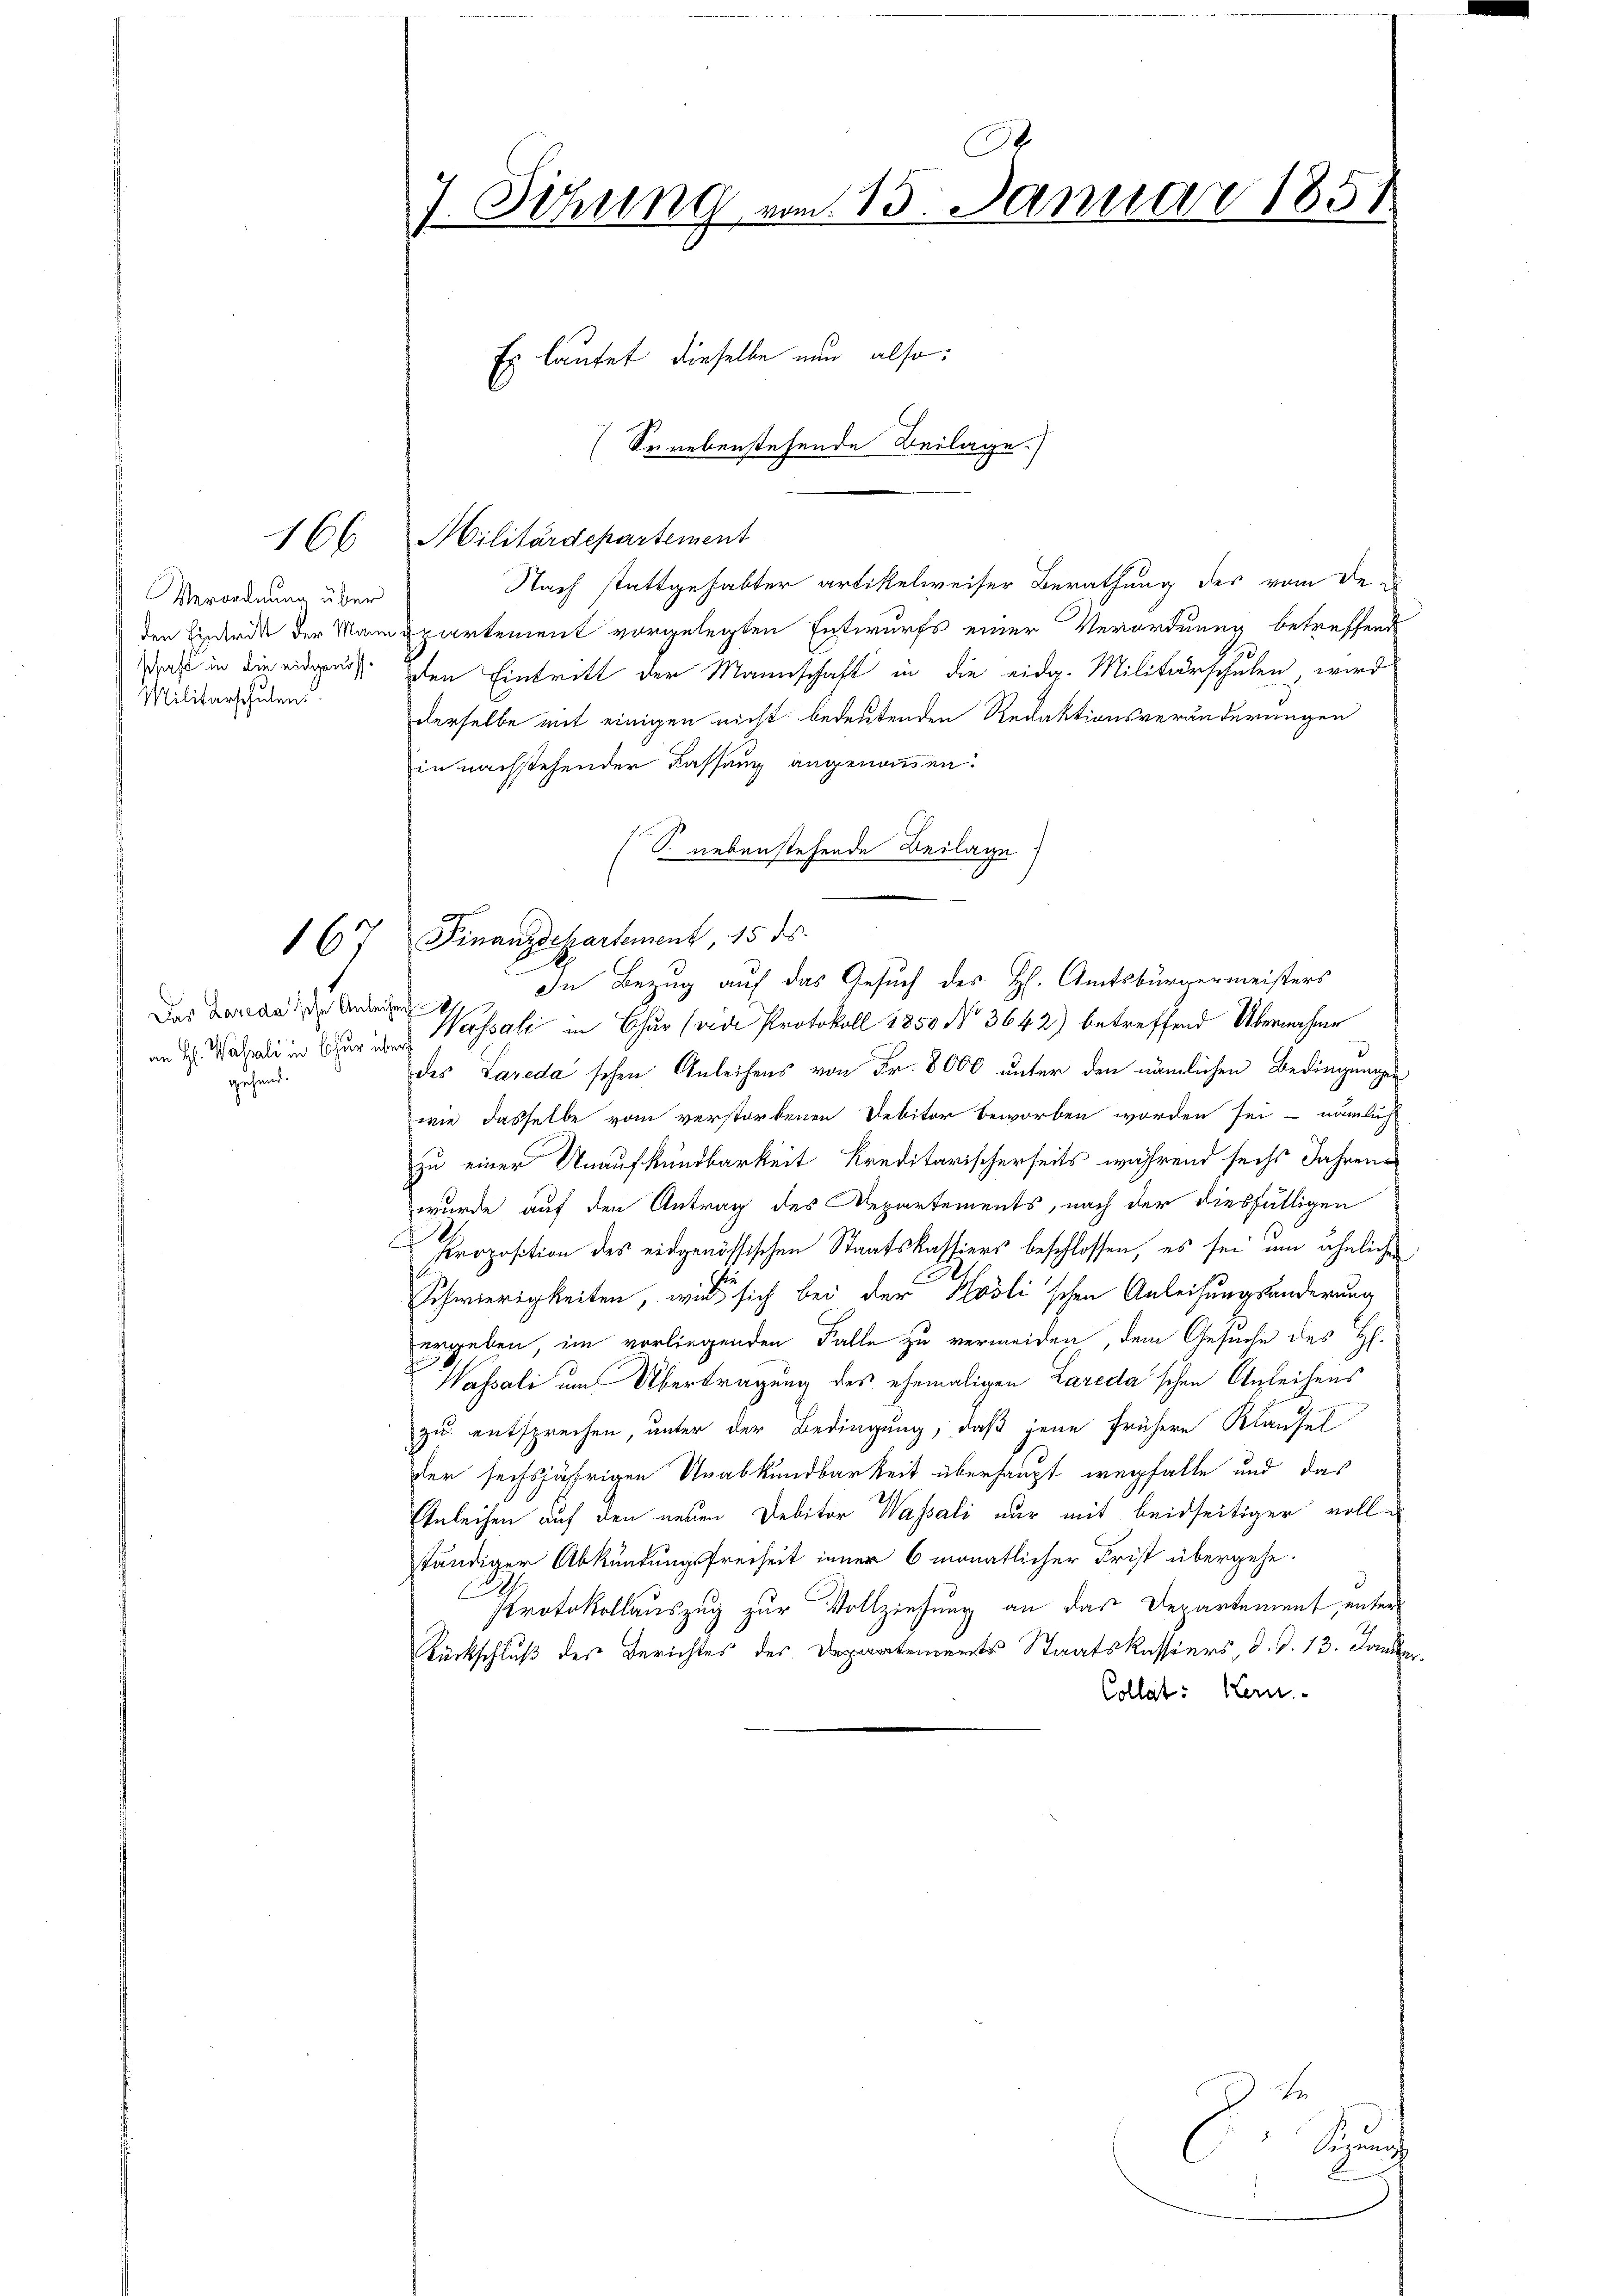
166

Verordnung über
schaft in die eidgenös¬
Militärschulen

16

Das Lareda'sche Anleihen
gehend.

J.
7. Sitzung vom 15. Januar 1851.

Es lautet dieselbe nun also:
Militärdepartement
Nach stattgehabter artikelweiser Berathung des vom De-
den Einderde der Mann spartement vorgelegten Entwurfs einer Verordnung betreffende
den Eintritt der Mannschaft in die eidg. Militärschulen, wird
derselbe mit einigen nicht bedeutenden Redaktionsveränderungen
in nachstehender Kassung angenommen.
S. nebenstehende Beilage
an 2. Mai in Chur & Wassati in Chur (vide Protokoll 1850 No 3642) betreffend Übernahme
des Tareda'schen Anleihens von Fr. 8000 unter den nämlichen Bedingungen
wie dasselbe vom verstorbenen Debitor beworben worden sei nämlich
zu einer Unaufkündbarkeit Kreditarischerseits während sechs Jahrenwurde auf den Antrag des Departements, nach der diesfälligen
Proposition des eidgenössischen Staatskassiers beschlossen, es sei um ähnliche
Schwierigkeiten, wieder sich bei der Klösli'schen Anleihungsänderung
ergeben, im vorliegenden Falle zu vermeiden, dem Gesuche des H.
Wassati um Übertragung des ehemaligen Lareda'schen Anleihens
.
zu entsprechen, unter der Bedingung, daß jene frühere Klausel
der sechsjährigen Unabkündbarkeit überhaupt wegfalle und das
Einleihen auf den neuen Debitor Wassali nur mit beidseitiger volle
ständiger Abkündungsfreiheit inner 6 monatlicher Frist übergehe.
Protokollauszug zur Vollziehung an das Departement, unter
Rückschluß des Berichtes des Departenurts Staatskassiers, d. d. 13. Janua
Collat: Hern.

Finanzdepartement, 15 ds.

Se nebenstehende Beilage.)

In Bezug auf das Gesuch des H. Amtsbürgermeisters

zu